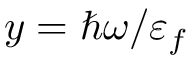
y = \hbar \omega / \varepsilon _ { f }